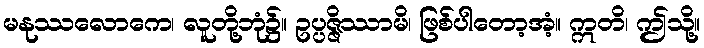
မနုဿလောကေ၊ လူတို့ဘုံ၌။ ဥပ္ပဇ္ဇိဿာမိ၊ ဖြစ်ပါတော့အံ့။ ဣတိ၊ ဤသို့။